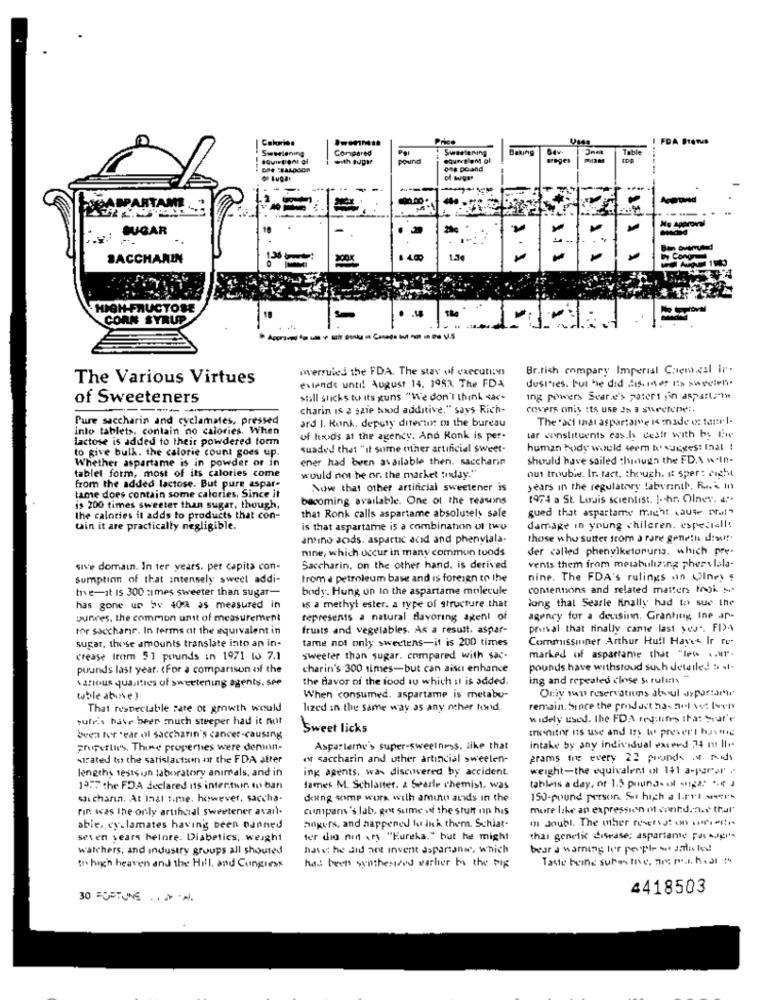
Calories
Price
FDA Brows
Swerlening
Compared
Swartering
Baking
Table
with super
pound
oss poand
---
JOANPARTAMI ..
SUGAR
..
. *
SACCHARIN
1.3€
by Congn
HIGH-FRUCTOSE
CORN SYRUP
wwerruled the FDA. The stav of execution
Br.tich compary Imperial Caem.cal iv.
The Various Virtues
evende until August 14. 1983. The FDA
dustries. but be did dis iner it ainecten.
of Sweeteners
stall sticks tu its guns "We don't think sac"
ing powers Scare's poter sin aspartame
--- --
charin Is & sale tod auditive." says Rich-
cowvers oniy Its use Ja a sweeterwe :,
Pure saccharin and cyclamates, pressed
ard 1. Konk. deputy diterni m the bureau
The 'aci thai aspartame 14 made of fantrl-
into tablets. contain no calories. When
lactose is added to their powdered form
of tuods at the agency, And Ronk is per.
tar constituents cas.h destr with by the
to give bulk. the calorie count goes up.
suaded that " it some other artificial Sweet-
human body would seem D'exest Inal !
ener had been available then. saccharin
should have sailed :hough the FDA w-In-
Whether aspartame is in powder or in
tablet form, most of its calories come
out trouble. Ir. tact, though. it sper: right
would not be or. the market today."
from the added lactose. But pure aspar-
Now that other artificial sweetener is
years in the regulatory labyrinth. R ... . In
tame does contain some calories. Since it
becoming available. One of the reasons
1974 a St. Louis scientist. [. hs. Olnev. a
is 200 times sweeter than sugar, though,
gued that aspartame might cause pra!"
the calories it adds to products that con-
that Ronk calls aspartame absolutely sale
tain it are practically negligible.
is that aspartamne is a combinahan ul two
damage in young children. espesiell!
amino acids. asparti' acid and phenviala-
those w hu sutter from a rare genethe dis !!.
mine, which occur in many common tuods
der called phenylketonuria, which pre.
sive domain. In ter years. per capita con-
Saccharin, on the other hand, is derived
vents them from metabulizing pherylala-
sumption of that intensely sweet addi-
trom a petroleum base and is foresen to the
nine. The FDA's rulings an Olney ,
tre-it is 300 nimes sweeter than sugar-
body. Hung on In the aspartame molecule
contentions and related matters Mok N.
long that Searle finally had to sue the
has gone up by 40% as measured in
is a methyl ester. a type of structure that
vunces, the common unit of measurement
represents a natural favoring agent of
agency for a deusinn. Granting Ine ar-
for sacchanr. In terms at the equivalent in
fruits and vegetables. As a result, aspar-
pressal that finally came last yes". FIA
tame not only swertens-it is 200 times
Commissiner Arthur Hull Haves Ir re-
sugar, these amounts translate into an in-
crease Irom 51 pounds in 1971 to 7.1
sweeter than sugar. compared with sac-
marked of aspartame chat "IPw .. "T".
pounds last year. For a comparison of the
charin's 300 times-but can aisc enhance
pounds have withstoud such detailed & t.
the davor of the food au which it is added.
ing and repeated close sorulan"
various qualities of sweetening agents. see
Ouiy fwp reservatiuns atul dspor:am
table above )
When consumed. aspartame is metabu-
That respectable rate of growth would
lized in the same way as any other how'd.
remain. Since the product ha- nul ve loen
sufis have beer much steeper had it not
widely used. the FDA red:lines that Svar'e
Sweet licks
Ienitor its use and Izy w prevert hastig
been for tear of saccharin's cancer-causing
Fruperlu's. Thise properties were dennn-
Asparterne's super-sweelnms. like that
intake by any individual exceed 74 m Il-
sirated to the satislactain at the FDA after
er saccharin and uther artincial sweelen-
grams the every 22 pounds of reds
lengths sesis un laboratory animals, and in
ing agents, was discovered by accident.
weight-the equivalent of 1$1 a-purar .
1275 the FDA declared is intertuin to ban
dames M. Schlatter. 2 Sparle chemist. was
tableis a day, or 1.5 puuna- al anga: .. € )
sac charin. At Inal 1.me. however, saccha-
deung some wurs with amino acids in the
150-pound person. So high a leri wars
rin was The only artificial Sweetener avail.
cumpams's lab, get sume of the stutt on his
more like an expression m sontd.n.r thur
oi doubl. The other reversst on frito-
abie, cy.lamates having been banned
papers, and happened to ink them. Schiat-
seven years helore. Diabetics, weight
ter did min .ry "Eureka." but he might
thai genetic diwase; aspartame Famiglie
watchers, and industry groups all shouted
hasst he did not invent aspartanwe, which
bear a warning ler people . sali fou!
Taste beine sure fre, are not. heal !"
In high heaven and the Hill. and Congress
has been synthesized washer to the box
4418503